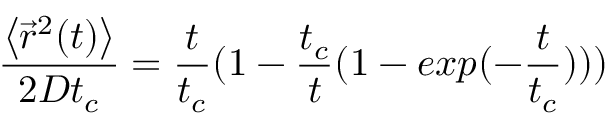
\frac { \left\langle \vec { r } ^ { 2 } ( t ) \right\rangle } { 2 D t _ { c } } = \frac { t } { t _ { c } } ( 1 - \frac { t _ { c } } { t } ( 1 - e x p ( - \frac { t } { t _ { c } } ) ) )